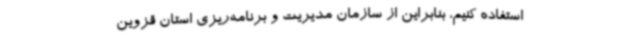
استفاده کنیم، بنابراین از سازمان مدیریت و برنامه‌ریزی استان قزوین